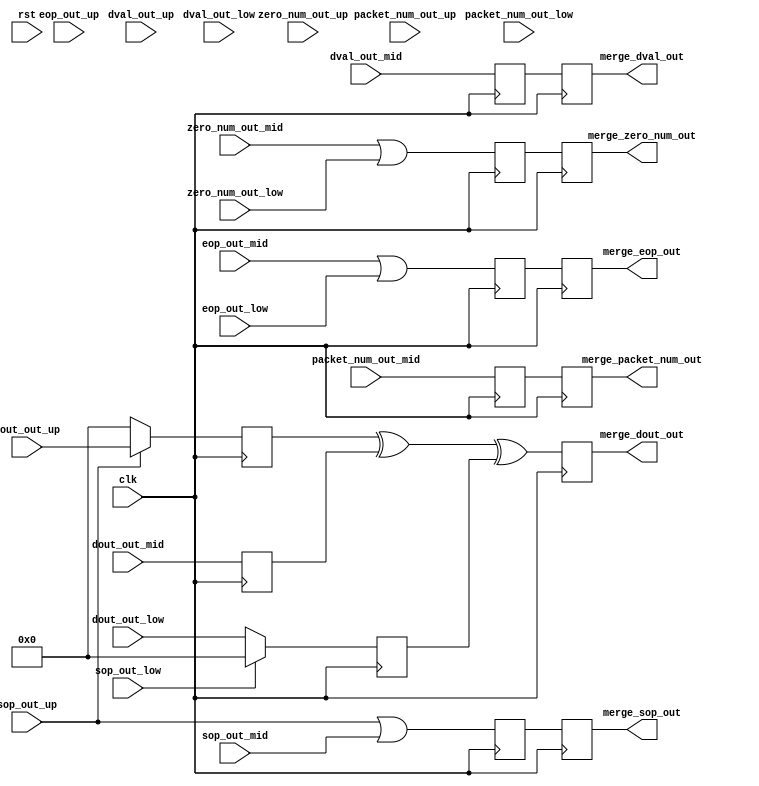


`timescale 1ns/1ps 


module merge_element



( 

        input                           clk  ,
        input                           rst  ,

        input                          sop_out_up        ,
        input                          eop_out_up        ,
        input                         dval_out_up        ,
        input    [3:0]          packet_num_out_up        ,
        input    [11:0]           zero_num_out_up        ,
        input    [31:0]               dout_out_up        ,


        input                          sop_out_mid        ,
        input                          eop_out_mid        ,
        input                         dval_out_mid        ,
        input    [3:0]          packet_num_out_mid        ,
        input    [11:0]           zero_num_out_mid        ,
        input    [31:0]               dout_out_mid        ,

        input                          sop_out_low        ,
        input                          eop_out_low        ,
        input                         dval_out_low        ,
        input    [3:0]          packet_num_out_low        ,
        input    [11:0]           zero_num_out_low        ,
        input    [31:0]               dout_out_low        ,


        output reg                           merge_sop_out        ,
        output reg                           merge_eop_out        ,
        output reg                           merge_dval_out       ,
        output reg  [3:0]                    merge_packet_num_out ,
        output reg  [11:0]                   merge_zero_num_out   ,
        output reg  [31:0]                   merge_dout_out       



 ) ;


reg                             sop_pre             ;
reg                             eop_pre             ;
reg                             dval_pre            ;
reg    [3:0]                    packet_num_pre      ;
reg    [11:0]                   zero_num_pre        ;
reg    [31:0]                   dout_up_pre         ;
reg    [31:0]                   dout_mid_pre        ;
reg    [31:0]                   dout_low_pre        ;


always @(posedge clk  ) begin



        sop_pre        <= sop_out_up|sop_out_mid  ; // sop  sop
        eop_pre        <= eop_out_mid|eop_out_low ; // eop  eop
        dval_pre       <= dval_out_mid ;            // 32
        packet_num_pre <= packet_num_out_mid ;      // 
        zero_num_pre   <= zero_num_out_mid|zero_num_out_low ; // eop

end


always @(posedge clk ) begin


        dout_mid_pre <= dout_out_mid ;
        

end


always @(posedge clk ) begin


        if ( sop_out_up == 1'b1 )
            dout_up_pre <= dout_out_up ;
        else 
            dout_up_pre <= 'b0 ; 
        

end

always @(posedge clk ) begin


        if ( sop_out_low == 1'b1 )
            dout_low_pre <= 'b0 ;
        else 
            dout_low_pre <= dout_out_low ; 
        

end

always @(posedge clk ) begin

        merge_sop_out        <= sop_pre          ;
        merge_eop_out        <= eop_pre          ;
        merge_dval_out       <= dval_pre         ;
        merge_packet_num_out <= packet_num_pre   ;
        merge_zero_num_out   <= zero_num_pre     ;
        merge_dout_out       <= dout_up_pre ^dout_mid_pre^dout_low_pre     ;

end










endmodule 



// Design 1 =======================================================================


// reg                             sop_pre             ;
// reg                             eop_pre             ;
// reg                             dval_pre            ;
// reg    [3:0]                    packet_num_pre      ;
// reg    [11:0]                   zero_num_pre        ;
// reg    [31:0]                   dout_up_pre         ;
// reg    [31:0]                   dout_mid_pre        ;
// reg    [31:0]                   dout_low_pre        ;


// always @(posedge clk or posedge rst) begin
//     if (rst) begin

//         sop_pre        <= 'b0 ;
//         eop_pre        <= 'b0 ;
//         dval_pre       <= 'b0 ;
//         packet_num_pre <= 'b0 ;
//         zero_num_pre   <= 'b0 ;
        
//     end
//     else begin

//         sop_pre        <= sop_out_up|sop_out_mid  ; // sop  sop
//         eop_pre        <= eop_out_mid|eop_out_low ; // eop  eop
//         dval_pre       <= dval_out_mid ;            // 32
//         packet_num_pre <= packet_num_out_mid ;      // 
//         zero_num_pre   <= zero_num_out_mid|zero_num_out_low ; // eop

//     end
// end


// always @(posedge clk or posedge rst) begin
//     if (rst) begin

//         dout_mid_pre <= 'b0 ;
        
//     end
//     else begin

//         dout_mid_pre <= dout_out_mid ;
        
//     end
// end


// always @(posedge clk or posedge rst) begin
//     if (rst) begin

//         dout_up_pre <= 'b0 ;
        
//     end
//     else begin

//         if ( sop_out_up == 1'b1 )
//             dout_up_pre <= dout_out_up ;
//         else 
//             dout_up_pre <= 'b0 ; 
        
//     end
// end

// always @(posedge clk or posedge rst) begin
//     if (rst) begin

//         dout_low_pre <= 'b0 ;
        
//     end
//     else begin

//         if ( sop_out_low == 1'b1 )
//             dout_low_pre <= 'b0 ;
//         else 
//             dout_low_pre <= dout_out_low ; 
        
//     end
// end

// always @(posedge clk or posedge rst) begin
//     if (rst) begin
//         // reset
//         merge_sop_out        <= 'b0 ;
//         merge_eop_out        <= 'b0 ;
//         merge_dval_out       <= 'b0 ;
//         merge_packet_num_out <= 'b0 ;
//         merge_zero_num_out   <= 'b0 ;
//         merge_dout_out       <= 'b0 ;
//     end
//     else begin
//         merge_sop_out        <= sop_pre          ;
//         merge_eop_out        <= eop_pre          ;
//         merge_dval_out       <= dval_pre         ;
//         merge_packet_num_out <= packet_num_pre   ;
//         merge_zero_num_out   <= zero_num_pre     ;
//         merge_dout_out       <= dout_up_pre ^dout_mid_pre^dout_low_pre     ;
//     end
// end



// =============================================================================








// Design 2 ====================================================================
// always @(posedge clk or posedge rst) begin
//     if (rst) begin

//         merge_sop_out                    <= 'b0 ;
//         merge_eop_out                    <= 'b0 ;
//         merge_dval_out                   <= 'b0 ;
//         merge_packet_num_out             <= 'b0 ;
//         merge_zero_num_out               <= 'b0 ;
        
//     end
//     else begin

//         merge_sop_out           <= sop_out_up|sop_out_mid  ; // sop  sop
//         merge_eop_out           <= eop_out_mid|eop_out_low ; // eop  eop
//         merge_dval_out          <= dval_out_mid ;            // 32
//         merge_packet_num_out    <= packet_num_out_mid ;      // 
//         merge_zero_num_out      <= zero_num_out_mid|zero_num_out_low ; // eop

//     end
// end

// // sop_u sop_m sop_l 
// // 0000
// // 0010
// // 010mid^low 
// // 100:up^mid^low
// // 101:up^mid 
// // 


// always @(posedge clk or posedge rst) begin
//     if (rst) begin
//         // reset
//         merge_dout_out       <= 'b0 ;
//     end
//     else if ( sop_out_up == 1'b1 && sop_out_low == 1'b1 ) begin
//         merge_dout_out       <= dout_out_up ^dout_out_mid     ;
//     end
//     else if ( sop_out_up == 1'b1 && sop_out_low == 1'b0 ) begin
//         merge_dout_out       <= dout_out_up ^dout_out_mid^dout_out_low     ;
//     end
//     else if ( dval_out_mid == 1'b1 && sop_out_low == 1'b0 ) begin
//         merge_dout_out       <= dout_out_mid^dout_out_low     ;
//     end
//     else if ( dval_out_mid == 1'b1 ) begin
//         merge_dout_out       <= dout_out_mid ;
//     end 
//     else begin
//         merge_dout_out       <=  'b0 ;
//     end
// end

// =============================================================================














// assign merge_dout_out = 
// out_see_seg_dout[0]^out_see_seg_dout[1]^out_see_seg_dout[2]^out_see_seg_dout[3]^out_see_seg_dout[4]^out_see_seg_dout[5]^out_see_seg_dout[6]^out_see_seg_dout[7]^out_see_seg_dout[8]^out_see_seg_dout[9]
// ^out_see_seg_dout[10]^out_see_seg_dout[11]^out_see_seg_dout[12]^out_see_seg_dout[13]^out_see_seg_dout[14]^out_see_seg_dout[15]^out_see_seg_dout[16]^out_see_seg_dout[17]^out_see_seg_dout[18]^out_see_seg_dout[19]
// ^out_see_seg_dout[20]^out_see_seg_dout[21]^out_see_seg_dout[22]^out_see_seg_dout[23]^out_see_seg_dout[24]^out_see_seg_dout[25]^out_see_seg_dout[26]^out_see_seg_dout[27]^out_see_seg_dout[28]^out_see_seg_dout[29]
// ^out_see_seg_dout[30]^out_see_seg_dout[31]^out_see_seg_dout[32]^out_see_seg_dout[33]^out_see_seg_dout[34]^out_see_seg_dout[35]^out_see_seg_dout[36]^out_see_seg_dout[37]^out_see_seg_dout[38]^out_see_seg_dout[39]
// ^out_see_seg_dout[40]^out_see_seg_dout[41]^out_see_seg_dout[42]^out_see_seg_dout[43]^out_see_seg_dout[44]^out_see_seg_dout[45]^out_see_seg_dout[46]^out_see_seg_dout[47]^out_see_seg_dout[48]^out_see_seg_dout[49]
// ^out_see_seg_dout[50]^out_see_seg_dout[51]^out_see_seg_dout[52]^out_see_seg_dout[53]^out_see_seg_dout[54]^out_see_seg_dout[55]^out_see_seg_dout[56]^out_see_seg_dout[57]^out_see_seg_dout[58]^out_see_seg_dout[59]
// ^out_see_seg_dout[60]^out_see_seg_dout[61]^out_see_seg_dout[62]^out_see_seg_dout[63] ;